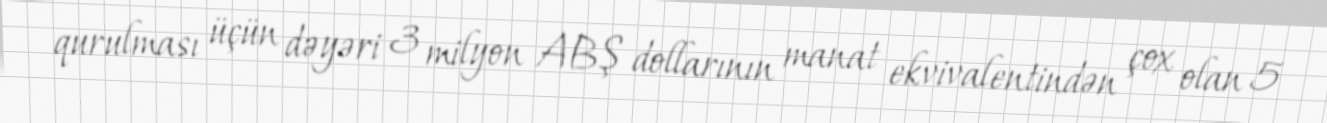
qurulması üçün dəyəri 3 milyon ABŞ dollarının manat ekvivalentindən çox olan 5